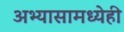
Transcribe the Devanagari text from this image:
अभ्यासामध्येही